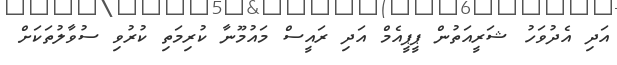
އަދި އެދުވަހު ޝަރީއަތުން ޕީޕީއެމް އަދި ރައީސް މައުމޫނާ ކުރިމަތި ކުރުވި ސުވާލުތަކަށް